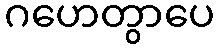
ဂဟေတွာပေ